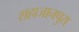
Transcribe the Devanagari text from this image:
शहाजानपुरा